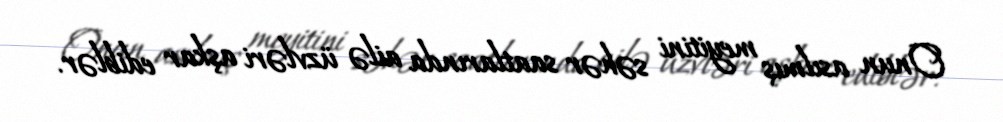
Onun asılmış meyitini səhər saatlarında ailə üzvləri aşkar ediblər.